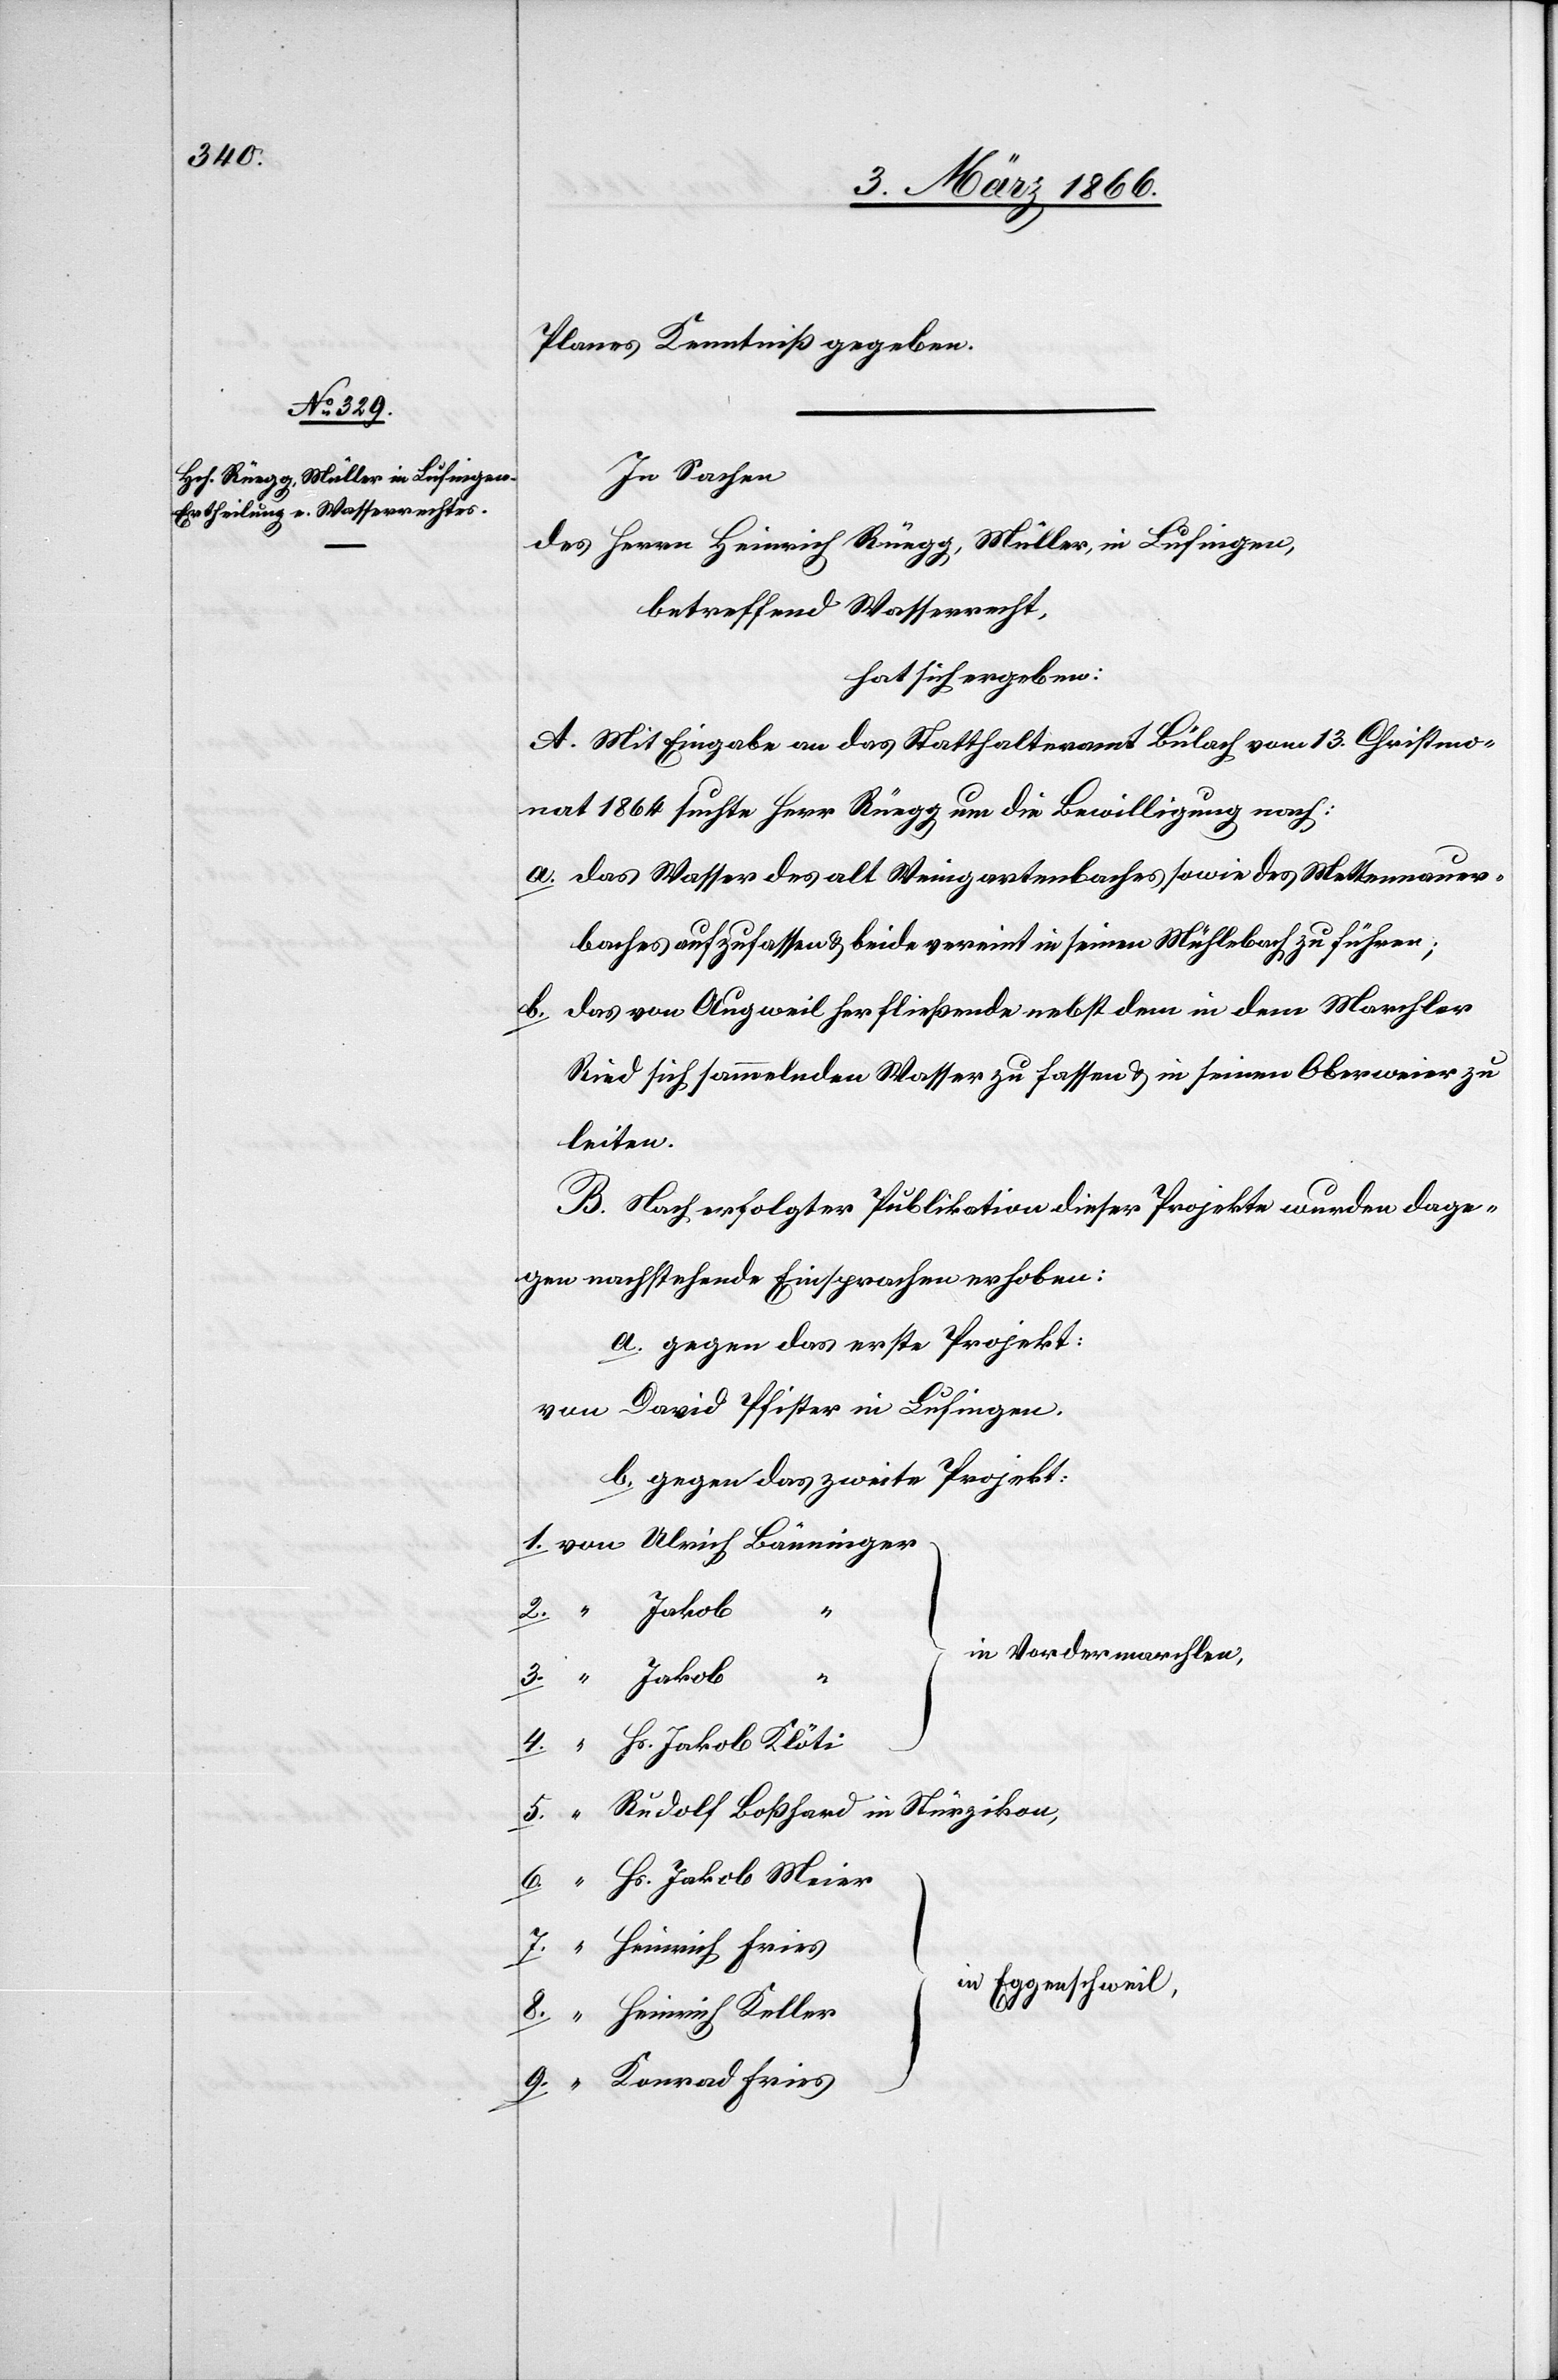
Planes Kenntniß gegeben.
In Sachen
des Herrn Heinrich Rüegg, Müller in Lufingen,
betreffend Wasserrecht,
hat sich ergeben:
A. Mit Eingabe an das Statthalteramt Bülach vom 13. Christmo¬
nat 1864 suchte Herr Rüegg um die Bewilligung nach:
a. das Wasser des alt Weingartenbaches sowie des Mettennauer¬
baches aufzufassen u. beide vereint in seinen Mühlebach zu führen;
b. das von Augweil herfließende nebst dem in dem Marchler
Ried sich sammelnden Wasser zu fassen u. in seinen Oberweier zu
leiten.
B. Nach erfolgter Publikation dieser Projekte wurden dage¬
gen nachstehende Einsprachen erhoben:
a. gegen das erste Projekt:
von David Pfister in Lufingen.
b. gegen das zweite Projekt:
von Ulrich Bänninger
“ Jakob
}
in Vordermarchlen
2.
“ Hs. Jakob Klöti
“ Rudolg Boßhard in Stürzikon
“ Hs. Jakob Meier
in Eggentschweil